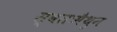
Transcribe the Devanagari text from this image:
स्वतःमैथुन